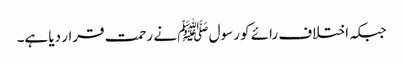
جبکہ اختلاف رائے کو رسول ﷺ نے رحمت قرار دیا ہے۔